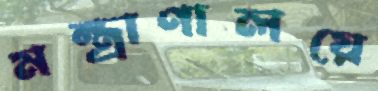
মন্ত্রাণালয়ে